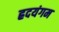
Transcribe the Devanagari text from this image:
ह्रदयंगम